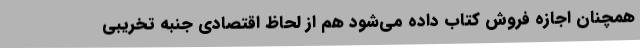
همچنان اجازه فروش کتاب داده می‌شود هم از لحاظ اقتصادی جنبه تخریبی